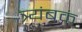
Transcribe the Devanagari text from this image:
त्र्यंबकं